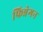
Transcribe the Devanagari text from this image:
फिन्नेगन